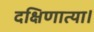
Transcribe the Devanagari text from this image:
दक्षिणात्या।